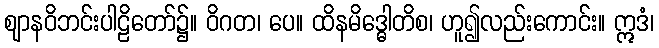
ဈာနဝိဘင်းပါဠိတော်၌။ ဝိဂတ၊ ပေ။ ထိနမိဒ္ဓေါတိစ၊ ဟူ၍လည်းကောင်း။ ဣဒံ၊